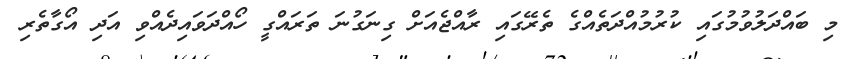
މި ބައްދަލުވުމުގައި ކުރުމުއްދަތެއްގެ ތެރޭގައި ރާއްޖެއަށް ގިނަގުނަ ތަރައްގީ ހޯއްދަވައިދެއްވި އަދި އޯގާތެރި